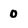
Character: 0